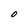
Character: O